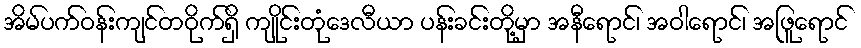
အိမ်ပက်ဝန်းကျင်တဝိုက်ရှိ ကျိုင်းတုံဒေလီယာ ပန်းခင်းတို့မှာ အနီရောင်၊ အဝါရောင်၊ အဖြူရောင်